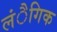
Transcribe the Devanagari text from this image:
लंैगिक